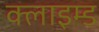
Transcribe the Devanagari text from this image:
क्लाइम्ड